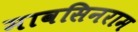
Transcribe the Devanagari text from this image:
मावसिनराम